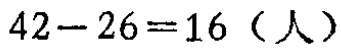
\(42 - 26 = 16\)（人）